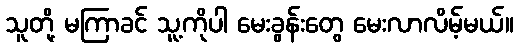
သူတို့ မကြာခင် သူ့ကိုပါ မေးခွန်းတွေ မေးလာလိမ့်မယ်။